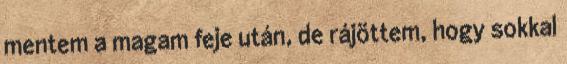
mentem a magam feje után, de rájöttem, hogy sokkal